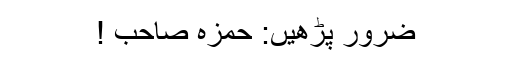
ضرور پڑھیں: حمزہ صاحب !